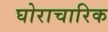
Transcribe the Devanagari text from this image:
घोराचारिक